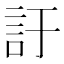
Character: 訏